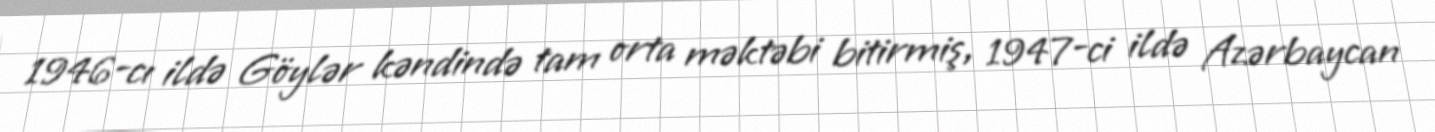
1946-cı ildə Göylər kəndində tam orta məktəbi bitirmiş, 1947-ci ildə Azərbaycan